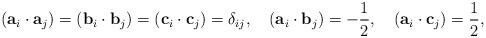
\begin{align*}({\bf a}_i\cdot{\bf a}_j)=({\bf b}_i\cdot{\bf b}_j)=({\bf c}_i\cdot{\bf c}_j)=\delta_{ij},\quad({\bf a}_i\cdot{\bf b}_j)=-\frac{1}{2},\quad({\bf a}_i\cdot{\bf c}_j)=\frac{1}{2},\quad\end{align*}